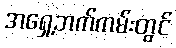
အရှေ့ဘက်ကမ်းတွင်